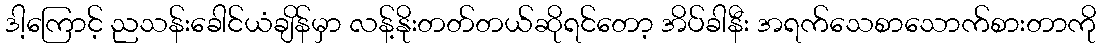
ဒါ့ကြောင့် ညသန်းခေါင်ယံချိန်မှာ လန့်နိုးတတ်တယ်ဆိုရင်တော့ အိပ်ခါနီး အရက်သေစာသောက်စားတာကို